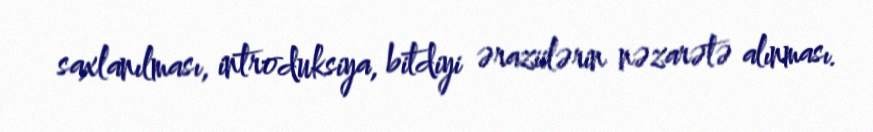
saxlanılması, introduksiya, bitdiyi əraziilərin nəzarətə alınması.